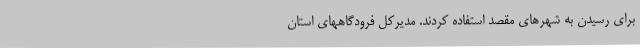
برای رسیدن به شهرهای مقصد استفاده کردند. مدیرکل فرودگاههای استان